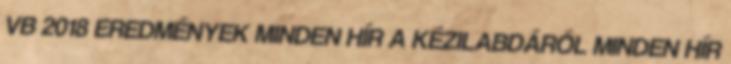
VB 2018 EREDMÉNYEK MINDEN HÍR A KÉZILABDÁRÓL MINDEN HÍR